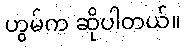
ဟွမ်က ဆိုပါတယ်။